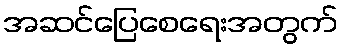
အဆင်ပြေစေရေးအတွက်